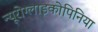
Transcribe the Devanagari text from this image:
न्यूरोग्लाइकोपिनिया